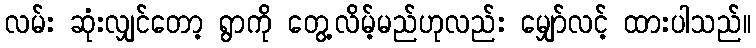
လမ်း ဆုံးလျှင်တော့ ရွာကို တွေ့လိမ့်မည်ဟုလည်း မျှော်လင့် ထားပါသည်။